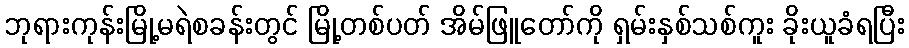
ဘုရားကုန်းမြို့မရဲစခန်းတွင် မြို့တစ်ပတ် အိမ်ဖြူတော်ကို ရှမ်းနှစ်သစ်ကူး ခိုးယူခံရပြီး